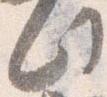
此